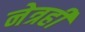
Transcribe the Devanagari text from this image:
नेत्रही